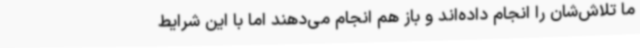
ما تلاش‌شان را انجام داده‌اند و باز هم انجام می‌دهند اما با این شرایط